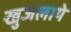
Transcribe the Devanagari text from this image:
खुजलाये